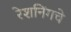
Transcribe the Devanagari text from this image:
रेशनिंगचे